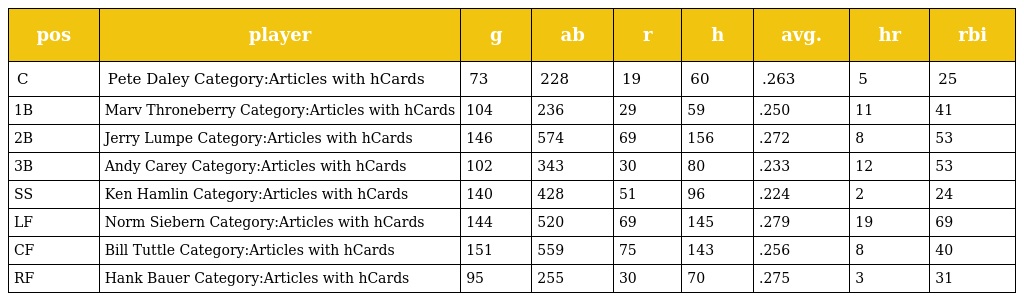
| pos | player | g | ab | r | h | avg. | hr | rbi |
 | --- | --- | --- | --- | --- | --- | --- | --- | --- |
 | C | Pete Daley Category:Articles with hCards | 73 | 228 | 19 | 60 | .263 | 5 | 25 |
 | 1B | Marv Throneberry Category:Articles with hCards | 104 | 236 | 29 | 59 | .250 | 11 | 41 |
 | 2B | Jerry Lumpe Category:Articles with hCards | 146 | 574 | 69 | 156 | .272 | 8 | 53 |
 | 3B | Andy Carey Category:Articles with hCards | 102 | 343 | 30 | 80 | .233 | 12 | 53 |
 | SS | Ken Hamlin Category:Articles with hCards | 140 | 428 | 51 | 96 | .224 | 2 | 24 |
 | LF | Norm Siebern Category:Articles with hCards | 144 | 520 | 69 | 145 | .279 | 19 | 69 |
 | CF | Bill Tuttle Category:Articles with hCards | 151 | 559 | 75 | 143 | .256 | 8 | 40 |
 | RF | Hank Bauer Category:Articles with hCards | 95 | 255 | 30 | 70 | .275 | 3 | 31 |